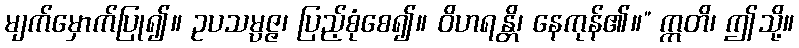
မျက်မှောက်ပြု၍။ ဥပသမ္ပဇ္ဇ၊ ပြည့်စုံစေ၍။ ဝိဟရန္တိ၊ နေကုန်၏။” ဣတိ၊ ဤသို့။